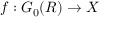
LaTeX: f : G _ { 0 } ( R ) \to X